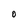
Character: O